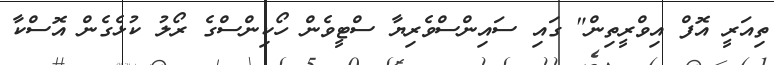
ތިއަރީ އޮފް އިވްރީތިން" ގައި ސައިންސްވެރިޔާ ސްޓީވެން ހޯކިންސްގެ ރޯލު ކުޅެގެން އޮސްކާ